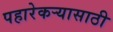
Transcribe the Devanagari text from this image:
पहारेकर्‍यासाठी